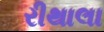
રીથાલા